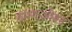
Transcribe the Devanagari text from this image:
ग्राम्यःजीवन